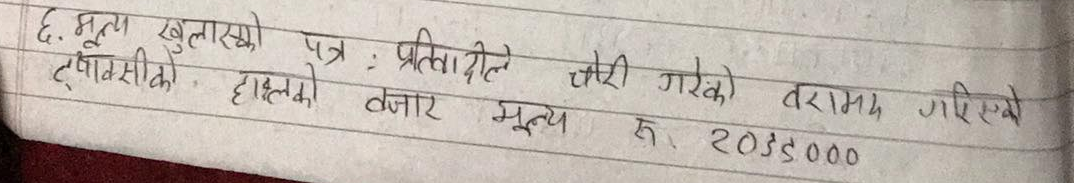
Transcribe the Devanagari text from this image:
६. मूल्य खुलासो पत्र : प्रतिवादीले चोरी गरेको भरामा दिईएको
ट्याक्सीको हालको बजार मूल्य रु. २०३५०००